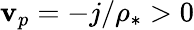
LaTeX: \mathbf{v}_{p}=-j/\rho_{*}>0